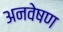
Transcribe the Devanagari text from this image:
अनवेषण